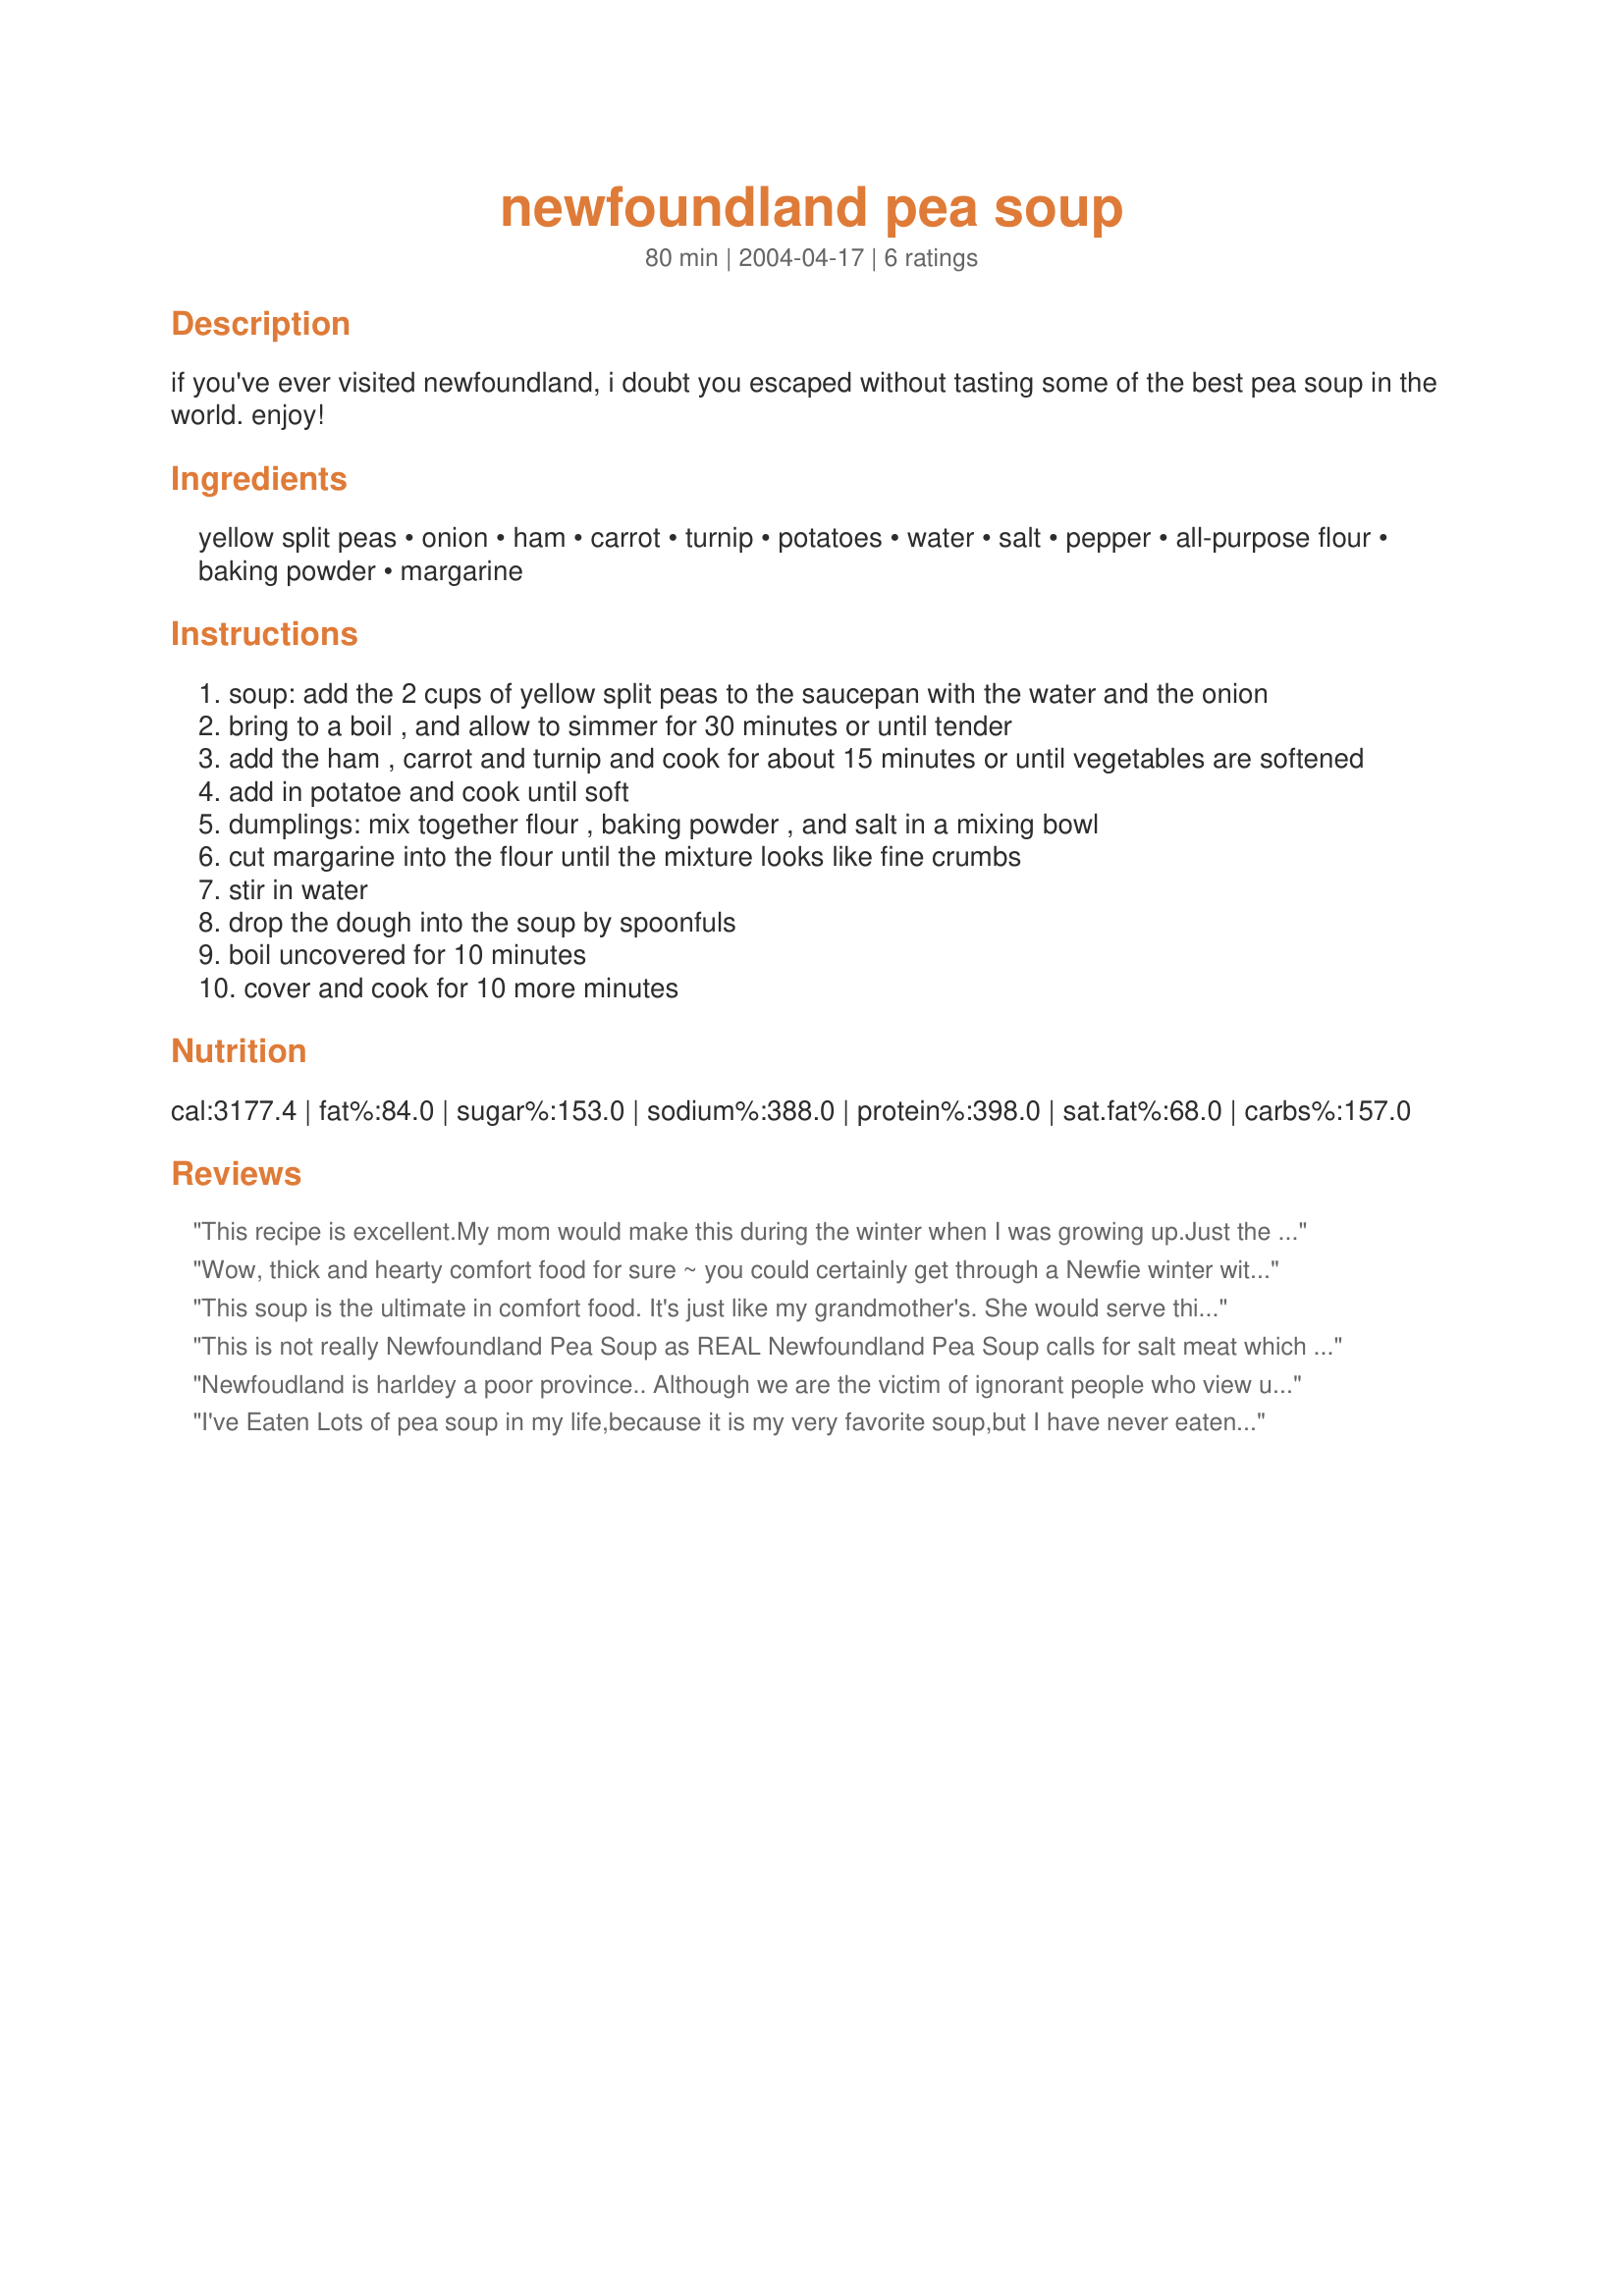
newfoundland pea soup
Preparation time: 80 minutes

if you've ever visited newfoundland, i doubt you escaped without tasting some of the best pea soup in the world. enjoy!

Ingredients:
yellow split peas, onion, ham, carrot, turnip, potatoes, water, salt, pepper, all-purpose flour, baking powder, margarine

Steps:
soup: add the 2 cups of yellow split peas to the saucepan with the water and the onion
bring to a boil , and allow to simmer for 30 minutes or until tender
add the ham , carrot and turnip and cook for about 15 minutes or until vegetables are softened
add in potatoe and cook until soft
dumplings: mix together flour , baking powder , and salt in a mixing bowl
cut margarine into the flour until the mixture looks like fine crumbs
stir in water
drop the dough into the soup by spoonfuls
boil uncovered for 10 minutes
cover and cook for 10 more minutes

Reviews:
This recipe is excellent.My mom would make this during the winter when I was growing up.Just the smell of this reminds me of being a kid.I am a Newfoundlander and this is definately a Newfoundland traditional food.It is quite a thick soup so you may have to add extra water to thin it out.Also next time I would cut the dumpling recipe in half as the recipe now makes too much.
Wow, thick and hearty comfort food for sure ~ you could certainly get through a Newfie winter with this! It was very filling, almost more of a stew than a soup. My kids, who are sure they don't like split peas, each had two bowls. I ended up adding a fair amount of other spice and thinning it with a bit of dairy, but it was definitely a good winter soup. Thanks so much for posting!
This soup is the ultimate in comfort food. It's just like my grandmother's. She would serve this as a first course.
This is not really Newfoundland Pea Soup as REAL Newfoundland Pea Soup calls for salt meat which needs to be soaked overnight. The split peas should be soaked as well. One could get very decadent as I did once and include both ham and salt meat but without the salt meat it is more a Maritime soup. We Newfoundlanders were brought up on Jiggs Dinner and Pea Soup - hearty meals during the winte time!
Newfoudland is harldey a poor province.. Although we are the victim of ignorant people who view us incorrectly from the outside.
I've Eaten Lots of pea soup in my life,because it is my very favorite soup,but I have never eaten a pea soup that tastes so good as this soup does.I don't usually care for turnips,but the peas make the turips taste good,and the dumplings make it absolutely delicious.My Goodness but this is really GOOD soup.Thank you so much for this recipe.
